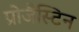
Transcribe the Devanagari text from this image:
प्रोजैस्टिन